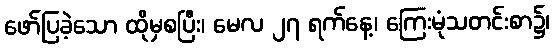
ဖော်ပြခဲ့သော ထိုမှစပြီး၊ မေလ ၂၇ ရက်နေ့၊ ကြေးမုံသတင်းစာ၌၊